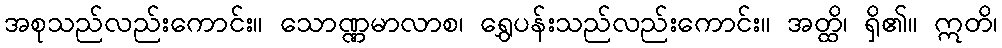
အစုသည်လည်းကောင်း။ သောဏ္ဏမာလာစ၊ ရွှေပန်းသည်လည်းကောင်း။ အတ္ထိ၊ ရှိ၏။ ဣတိ၊